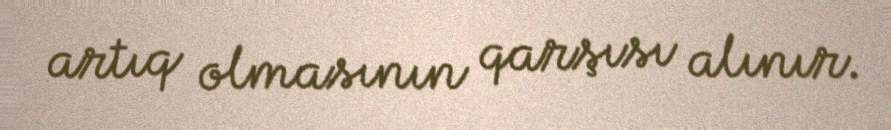
artıq olmasının qarşısı alınır.